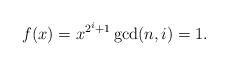
LaTeX: \begin{align*}f(x) = x^{2^{i}+1} \gcd(n,i)=1. \end{align*}